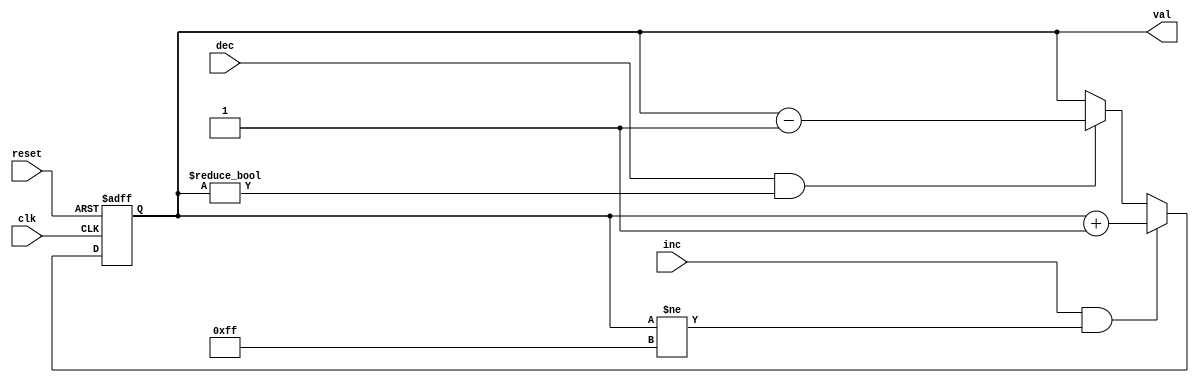
// Synchronous 8-bit increment and decrement counter

module counter
    (
     input  wire      clk, reset,
     input  wire      inc, dec,
     output wire[7:0] val
    );

    // signal declaration
    reg[7:0] q_state, q_next;

    // body
    // state register
    always @(posedge clk, posedge reset)
    begin
        if (reset)
            q_state <= 0;
        else
            q_state <= q_next;
    end

    // next-state logic
    always @*
    begin
        q_next = q_state; // default: the same
        if (inc && q_state != 8'b1111_1111) // overflow check
            q_next = q_state + 1;
        else if (dec && q_state != 8'b0000_0000) // underflow check
            q_next = q_state - 1;
    end

    // output assignment
    assign val = q_state;

endmodule